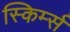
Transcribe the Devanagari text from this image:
स्किर्म्स